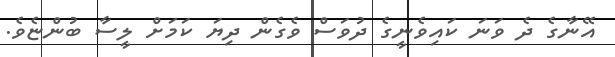
އޭނާގެ ދެ ވަނަ ކައިވެނީގެ ދުވަސް ވެގެން ދިޔަ ކަމަށް ލީސާ ބުންޏެވެ.